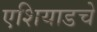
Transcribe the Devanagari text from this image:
एशियाडचे